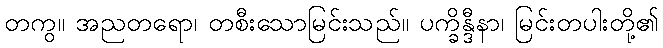
တကွ။ အညတရော၊ တစီးသောမြင်းသည်။ ပက္ခိန္ဒီနာ၊ မြင်းတပါးတို့၏